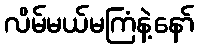
လိမ်မယ်မကြံနဲ့နော်